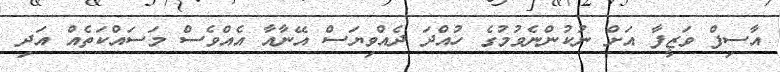
އާސިފް ވަޒީފާ އަށް ނުކުންނެވުމުގެ ހުއްދަ ދެއްވިޔަސް އޭނާއާ އެއްވެސް މަސައްކަތެއް އަދި